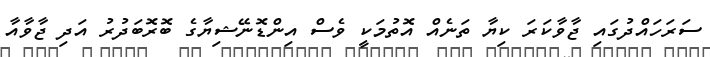
ސަރަހައްދުގައި ޖާވާކަރަ ކިޔާ ތަނެއް އޮތުމަކީ ވެސް އިންޑޮނޭޝިޔާގެ ބޮރޮބަދުރު އަދި ޖާވާއާ